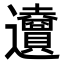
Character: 𨙜